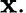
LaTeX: \mathbf{x}.